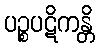
ပဉ္စပဋိကန္တိ